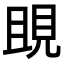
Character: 𧠢